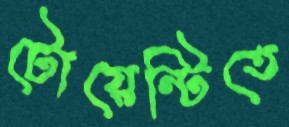
টোয়েন্টিতে